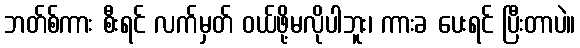
ဘတ်စ်ကား စီးရင် လက်မှတ် ဝယ်ဖို့မလိုပါဘူး၊ ကားခ ပေးရင် ပြီးတာပဲ။